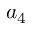
a _ { 4 }